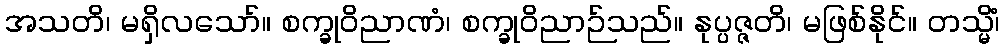
အသတိ၊ မရှိလသော်။ စက္ခုဝိညာဏံ၊ စက္ခုဝိညာဉ်သည်။ နုပ္ပဇ္ဇတိ၊ မဖြစ်နိုင်။ တသ္မိံ၊